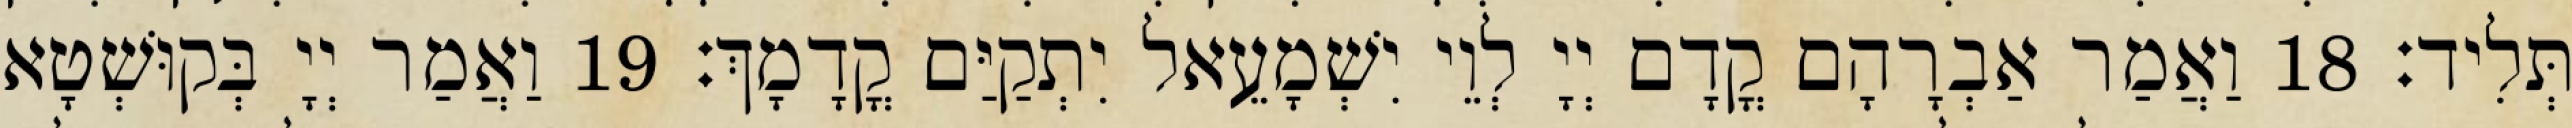
תְּלִיד׃ 18 וַאֲמַר אַבְרָהָם קֳדָם יְיָ לְוֵי יִשְׁמָעֵאל יִתְקַיַּם קֳדָמָךְ׃ 19 וַאֲמַר יְיָ בְּקוּשְׁטָא